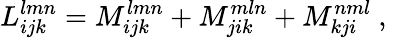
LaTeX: L_{ijk}^{lmn}=M_{ijk}^{lmn}+M_{jik}^{mln}+M_{kji}^{nml}\mathrm{~,~}